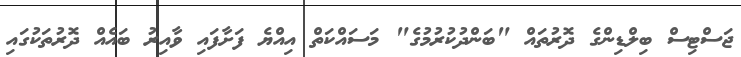
ޖަސްޓިސް ބިލްޑިންގެ ދޮރުތައް "ބަންދުކުރުމުގެ" މަސައްކަތް އިއްޔެ ފަށާފައި ވާއިރު ބައެއް ދޮރުތަކުގައި